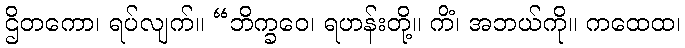
ဌိတကော၊ ရပ်လျက်။ “ဘိက္ခဝေ၊ ရဟန်းတို့။ ကိံ၊ အဘယ်ကို။ ကထေထ၊